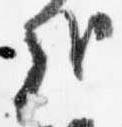
哉